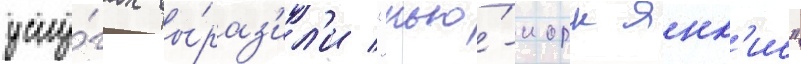
услу́гах вы́раз'ил'и "нью́-иорк янк'ис"